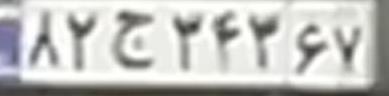
۸۲ج۳۴۳۶۷